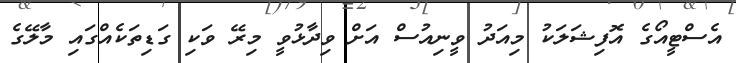
އެސްޓީއޯގެ އޮފިޝަލަކު މިއަދު ވީނިއުސް އަށް ވިދާޅުވީ މިރޭ ވަކި ގަޑިތަކެއްގައި މާލޭގެ